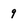
Character: 9